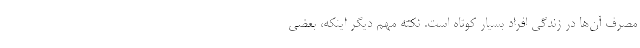
مصرف آن‌ها در زندگی افراد بسیار کوتاه است. نکته مهم دیگر اینکه، بعضی